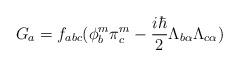
LaTeX: \begin{align*}G_a = f_{abc} (\phi^m_b \pi^m_c -\frac{i\hbar}{2} \Lambda_{b\alpha} \Lambda_{c\alpha})\end{align*}